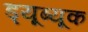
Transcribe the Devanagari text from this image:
ड्यूब्यूक